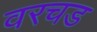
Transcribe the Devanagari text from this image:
वरचड